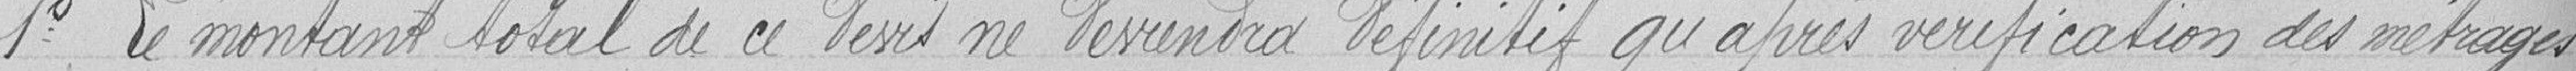
1° Le montant total de ce devis ne deviendra définitif qu'après vérification des métrages